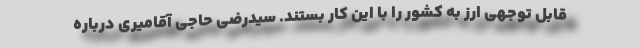
قابل توجهی ارز به کشور را با این کار بستند. سیدرضی حاجی آقامیری درباره